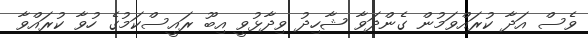
ވެސް އަދާ ކުރައްވަމުން ގެންދަވާ ޝާހިދު ވިދާޅުވީ އިބޫ ރައީސްކަމުގެ ހުވާ ކުރައްވާ